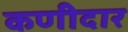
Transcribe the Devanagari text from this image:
कणीदार